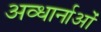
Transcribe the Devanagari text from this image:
अव्धार्नाओं